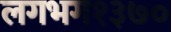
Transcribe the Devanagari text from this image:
लगभग१३७०